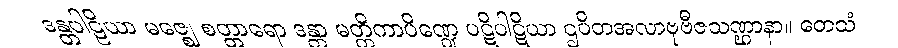
ဒန္တပါဠိယာ မဇ္ဈေ စတ္တာရော ဒန္တာ မတ္တိကာပိဏ္ဍေ ပဋိပါဋိယာ ဌပိတအလာဗုဗီဇသဏ္ဌာနာ။ တေသံ